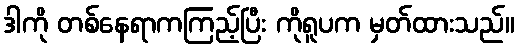
ဒါကို တစ်နေရာကကြည့်ပြီး ကိုရူပက မှတ်ထားသည်။